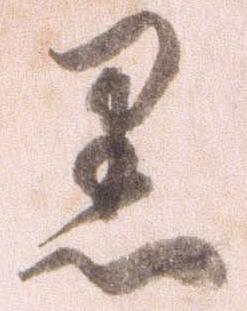
黒